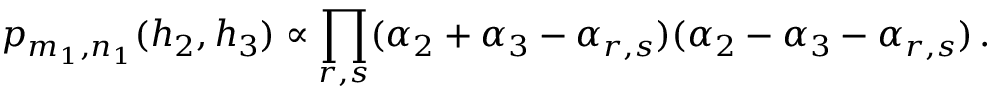
p _ { m _ { 1 } , n _ { 1 } } ( h _ { 2 } , h _ { 3 } ) \propto \prod _ { r , s } ( \alpha _ { 2 } + \alpha _ { 3 } - \alpha _ { r , s } ) ( \alpha _ { 2 } - \alpha _ { 3 } - \alpha _ { r , s } ) \, .